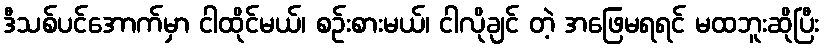
ဒီသစ်ပင်အောက်မှာ ငါထိုင်မယ်၊ စဉ်းစားမယ်၊ ငါလိုချင် တဲ့ အဖြေမရရင် မထဘူးဆိုပြီး